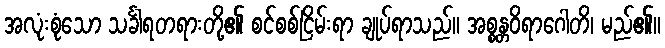
အလုံးစုံသော သင်္ခါရတရားတို့၏ စင်စစ်ငြိမ်းရာ ချုပ်ရာသည်။ အစ္စန္တဝိရာဂေါတိ၊ မည်၏။